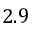
2 . 9